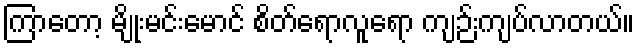
ကြာတော့ မျိုးမင်းမောင် စိတ်ရောလူရော ကျဉ်းကျပ်လာတယ်။